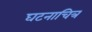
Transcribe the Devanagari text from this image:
घटनाचित्र